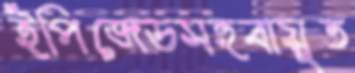
ইপিজেডসহবায়ুত